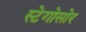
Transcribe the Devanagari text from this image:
स्टेगोसोर